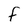
Character: f